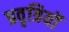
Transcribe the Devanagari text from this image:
प्रवृत्रियों